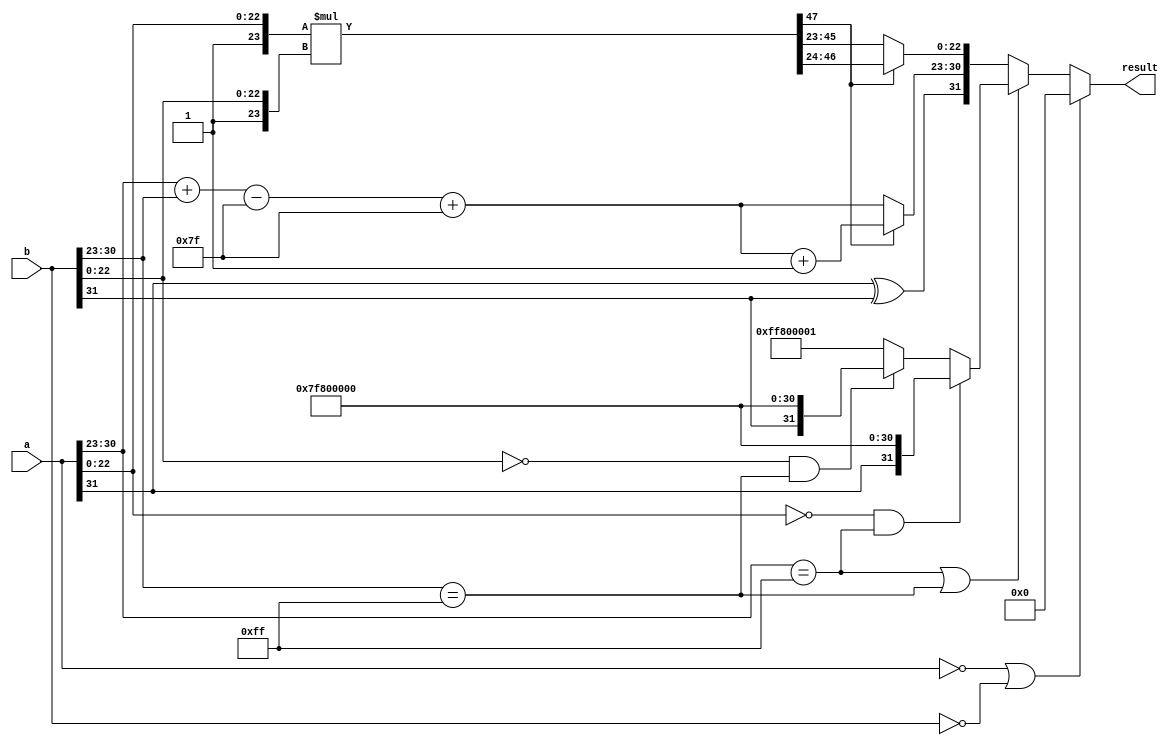
module fp_multiplier (
    input [31:0] a, // first floating-point input
    input [31:0] b, // second floating-point input
    output reg [31:0] result // floating-point output
);

    // Components of the floating-point representation
    wire sign_a = a[31];
    wire sign_b = b[31];
    wire [7:0] exponent_a = a[30:23];
    wire [7:0] exponent_b = b[30:23];
    wire [22:0] mantissa_a = a[22:0];
    wire [22:0] mantissa_b = b[22:0];

    // Implicit leading bit for normalized values
    wire [23:0] mantissa_a_norm = {1'b1, mantissa_a}; // 1.mantissa_a
    wire [23:0] mantissa_b_norm = {1'b1, mantissa_b}; // 1.mantissa_b

    // Sign result calculation
    wire sign_result = sign_a ^ sign_b;

    // Exponent calculation
    wire [8:0] exponent_sum = {1'b0, exponent_a} + {1'b0, exponent_b} - 8'd127; // Adjust bias
    wire [7:0] exponent_result = exponent_sum[7:0] + 8'd127; // Add bias back

    // Mantissa multiplication
    wire [47:0] mantissa_product = mantissa_a_norm * mantissa_b_norm;

    // Normalization
    reg [23:0] mantissa_result;
    reg [7:0] adjusted_exponent;
    reg overflow;

    always @(*) begin
        // Check if mantissa product overflows
        if (mantissa_product[47]) begin // If bit 47 is 1, it is normalized
            mantissa_result = mantissa_product[46:24]; // 24 bits for result
            adjusted_exponent = exponent_result + 1; // Increment exponent
            overflow = 1'b0;
        end else begin // If bit 47 is 0, it needs normalization
            mantissa_result = mantissa_product[45:23]; // Shift right
            adjusted_exponent = exponent_result; // No change to exponent
            overflow = 1'b1;
        end
    end

    // Handle special cases for zero, NaN, and infinity
    always @(*) begin
        // Default output
        result = 32'b0;

        // Check for zero inputs
        if (a == 32'b0 || b == 32'b0) begin
            result = 32'b0; // If either input is zero, the result is zero.
        end else if (exponent_a == 8'b11111111 || exponent_b == 8'b11111111) begin
            // Handling NaN or Infinity
            if (mantissa_a == 23'b0 && exponent_a == 8'b11111111) begin // a is infinity
                result = {sign_a, 8'b11111111, 23'b0}; // Infinity result
            end else if (mantissa_b == 23'b0 && exponent_b == 8'b11111111) begin // b is infinity
                result = {sign_b, 8'b11111111, 23'b0}; // Infinity result
            end else begin // If either is NaN
                result = {1'b1, 8'b11111111, 23'b1}; // NaN result
            end
        end else begin
            // Normal case
            result = {sign_result, adjusted_exponent, mantissa_result[22:0]};
        end
    end
endmodule